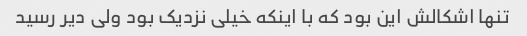
تنها اشکالش این بود که با اینکه خیلی نزدیک بود ولی دیر رسید